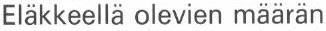
Eläkkeellä olevien määrän